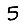
Digit: 5